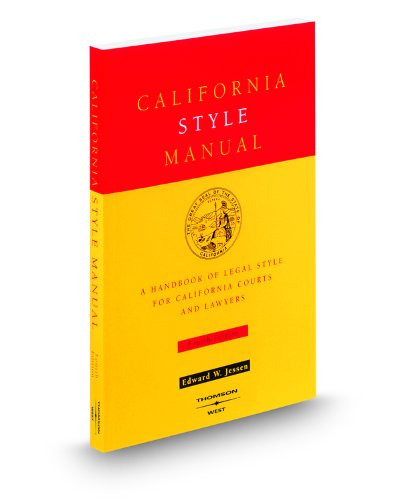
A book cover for California Style Manual, 4th; Edward W. Jessen; Law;